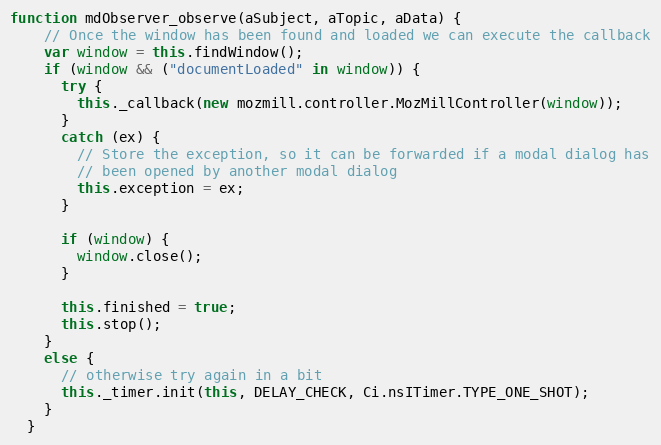
Language: JavaScript
function mdObserver_observe(aSubject, aTopic, aData) {
    // Once the window has been found and loaded we can execute the callback
    var window = this.findWindow();
    if (window && ("documentLoaded" in window)) {
      try {
        this._callback(new mozmill.controller.MozMillController(window));
      }
      catch (ex) {
        // Store the exception, so it can be forwarded if a modal dialog has
        // been opened by another modal dialog
        this.exception = ex;
      }

      if (window) {
        window.close();
      }

      this.finished = true;
      this.stop();
    }
    else {
      // otherwise try again in a bit
      this._timer.init(this, DELAY_CHECK, Ci.nsITimer.TYPE_ONE_SHOT);
    }
  }